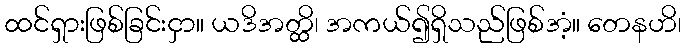
ထင်ရှားဖြစ်ခြင်းငှာ။ ယဒိအတ္ထိ၊ အကယ်၍ရှိသည်ဖြစ်အံ့။ တေနဟိ၊